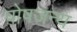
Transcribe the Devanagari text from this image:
पोषजन्य